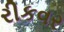
રીકવર